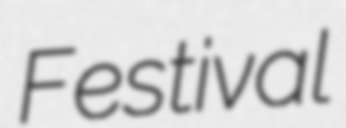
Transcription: Festival